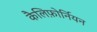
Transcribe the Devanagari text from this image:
कैलिफ़ोर्नियन